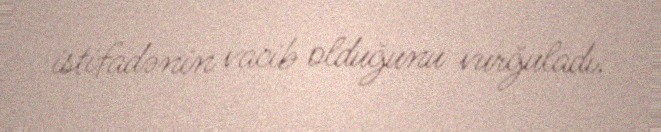
istifadənin vacib olduğunu vurğuladı.